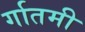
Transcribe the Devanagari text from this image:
र्गातमी